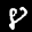
Label: 8